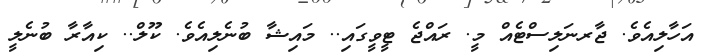
އަހާލިއެވެ. ޖާރނަލިސްޓެއް މީ. ރައްޖެ ޓީވީގައި.. މައިޝާ ބުނެލިއެވެ. ކޫލް.. ކިއާރާ ބުނެލީ